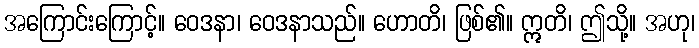
အကြောင်းကြောင့်။ ဝေဒနာ၊ ဝေဒနာသည်။ ဟောတိ၊ ဖြစ်၏။ ဣတိ၊ ဤသို့။ အဟု၊